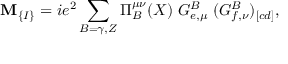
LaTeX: \mathbf { M } _ { \{ I \} } = i e ^ { 2 } \sum _ { B = \gamma , Z } \Pi _ { B } ^ { \mu \nu } ( X ) \; G _ { e , \mu } ^ { B } \; ( G _ { f , \nu } ^ { B } ) _ { [ c d ] } ,